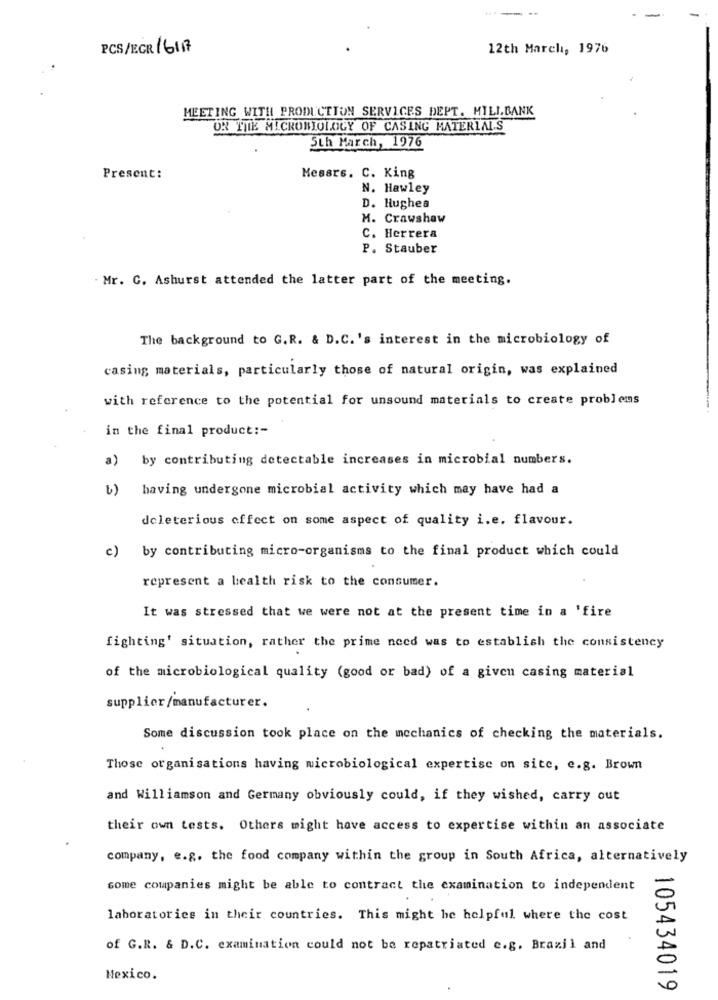
PCS/ECR 16117
12th March, 1976
MEETING WITH PRODUCTION SERVICES DEPT. MILLBANK
OR THE MICROBIOLOGY OF CASING MATERIALS
Sth March, 1976
Present:
Messrs. C. King
N. Hawley
D. Hughes
M. Crawshaw
C. Herrera
P. Stauber
Mr. C. Ashurst attended the latter part of the meeting.
The background to G. R. & D.C.'s interest in the microbiology of
casing materials, particularly those of natural origin, was explained
with reference to the potential for unsound materials to create problems
in the final product :-
a) by contributing detectable increases in microbial numbers.
b) having undergone microbial activity which may have had a
deleterious effect on some aspect of quality i.e. flavour.
c) by contributing micro-organisms to the final product which could
represent a health risk to the consumer.
It was stressed that we were not at the present time in a 'fire
fighting' situation, rather the prime need was to establish the consistency
of the microbiological quality (good or bad) of a given casing material
supplier/manufacturer.
Some discussion took place on the mechanics of checking the materials.
Those organisations having microbiological expertise on site, e.g. Brown
and Williamson and Germany obviously could, if they wished, carry out
their own tests. Others might have access to expertise within an associate
company, e.g. the food company within the group in South Africa, alternatively
some companies might be able to contract the examination to independent
laboratories in their countries. This might be helpful where the cost
of G.R. & D.C. examination could not be repatriated e.g. Brazil and
Nexico.
105434019